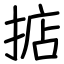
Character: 掂